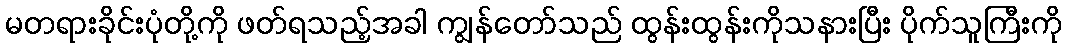
မတရားခိုင်းပုံတို့ကို ဖတ်ရသည့်အခါ ကျွန်တော်သည် ထွန်းထွန်းကိုသနားပြီး ပိုက်သူကြီးကို